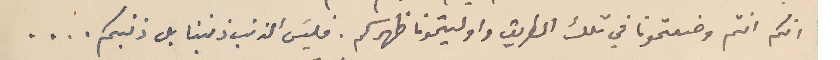
انكم انتم وضعتمونا في تلك الطريق واوليتمونا ظهركم. فليسَ الذنب ذنبنا بل ذنبكم . . . .